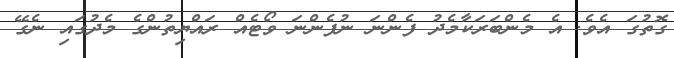
ގޮތުގަ އެވެ. އެ މެންބަރަކާމެދު ފެންނަ ނުފެންނަ ވޯޓެއް ރައްޔިތުންގެ މެދުގައި ނެގޭ